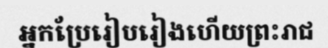
អ្នកប្រែរៀបរៀងហើយព្រះរាជ